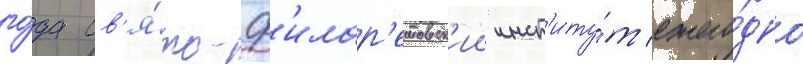
го́да св'я́то-ф'илар'етовск'ии инст'иту́т ежего́дно